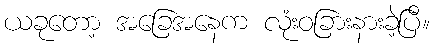
ယခုတော့ အခြေအနေက လုံးဝခြားနားခဲ့ပြီ။